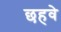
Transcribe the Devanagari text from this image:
छहवे